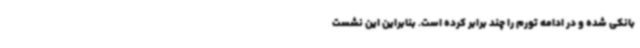
بانکی شده و در ادامه تورم را چند برابر کرده است‌. بنابراین این نشست